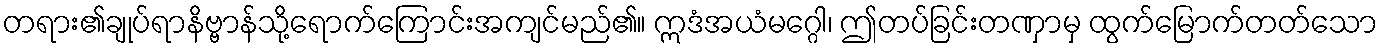
တရား၏ချုပ်ရာနိဗ္ဗာန်သို့ရောက်ကြောင်းအကျင်မည်၏။ ဣဒံအယံမဂ္ဂေါ၊ ဤတပ်ခြင်းတဏှာမှ ထွက်မြောက်တတ်သော